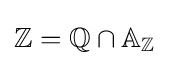
\mathbb {Z} =\mathbb {Q} \cap \mathbb {A} _{\mathbb {Z} }